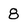
Character: 8